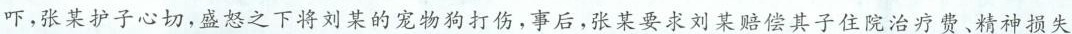
吓，张某护子心切，盛怒之下将刘某的宠物狗打伤，事后，张某要求刘某赔偿其子住院治疗费、精神损失